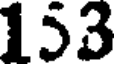
153